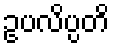
ဥပလိပ္ပတိ